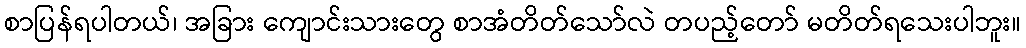
စာပြန်ရပါတယ်၊ အခြား ကျောင်းသားတွေ စာအံတိတ်သော်လဲ တပည့်တော် မတိတ်ရသေးပါဘူး။